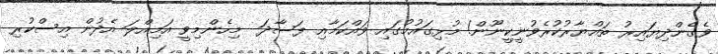
ވެގެންދިޔައިރު ތައްޔާރުކުރެވުނީކީނޫން! މުޅިގައުމުގައި ވައްކަމާއި ފަސާދަ  މިހެންމިވީ އަމިއްލަ އެދުން އިސްކުރި